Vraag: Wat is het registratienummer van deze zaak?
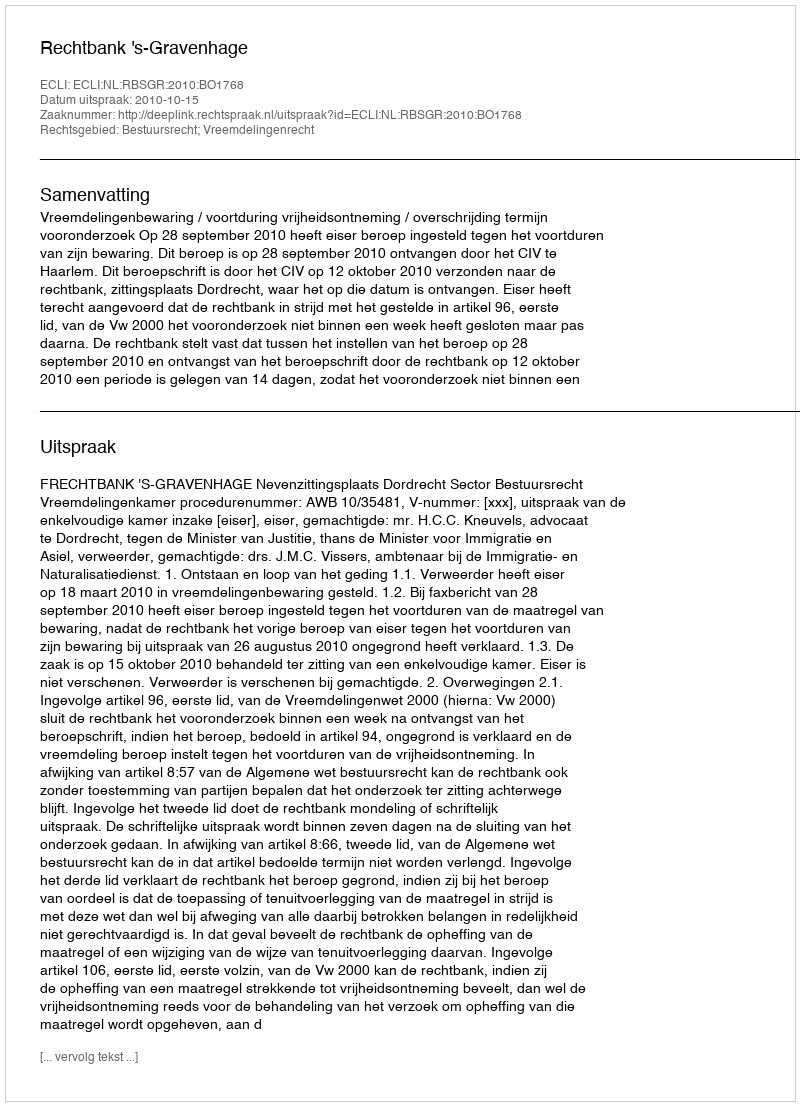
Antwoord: http://deeplink.rechtspraak.nl/uitspraak?id=ECLI:NL:RBSGR:2010:BO1768